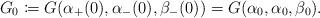
LaTeX: \begin{align*} G_0\coloneqq G(\alpha_{+}(0),\alpha_-(0),\beta_-(0))=G(\alpha_0,\alpha_0,\beta_0).\end{align*}